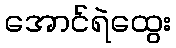
အောင်ရဲထွေး